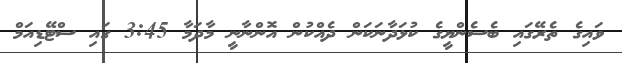
ވައިގެ ތެރޭގައި ބެސެންޔީގެ ކުޅަދާނަކަން ދެއްކުން އޮންނާނީ މާދަމާ 3:45 ގައި ސްޓޭޑިއަމް